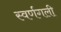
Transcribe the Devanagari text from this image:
स्वर्णगली